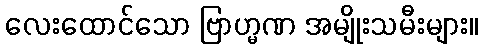
လေးထောင်သော ဗြာဟ္မဏ အမျိုးသမီးများ။